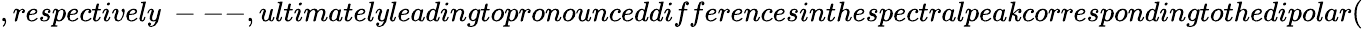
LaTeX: ,respectively~---,ultimatelyleadingtopronounceddifferencesinthespectralpeakcorrespondingtothedipolar(